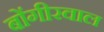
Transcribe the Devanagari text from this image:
बोंगीरवाल